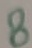
Text: 8